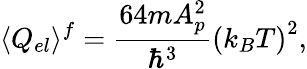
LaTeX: \langle Q_{el}\rangle^{f}={\frac{64mA_{p}^{2}}{\hbar^{3}}}{\left(k_{B}T\right)^{2}},